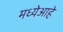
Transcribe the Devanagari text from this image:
मध्येआहे